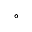
\circ